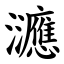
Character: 㶝